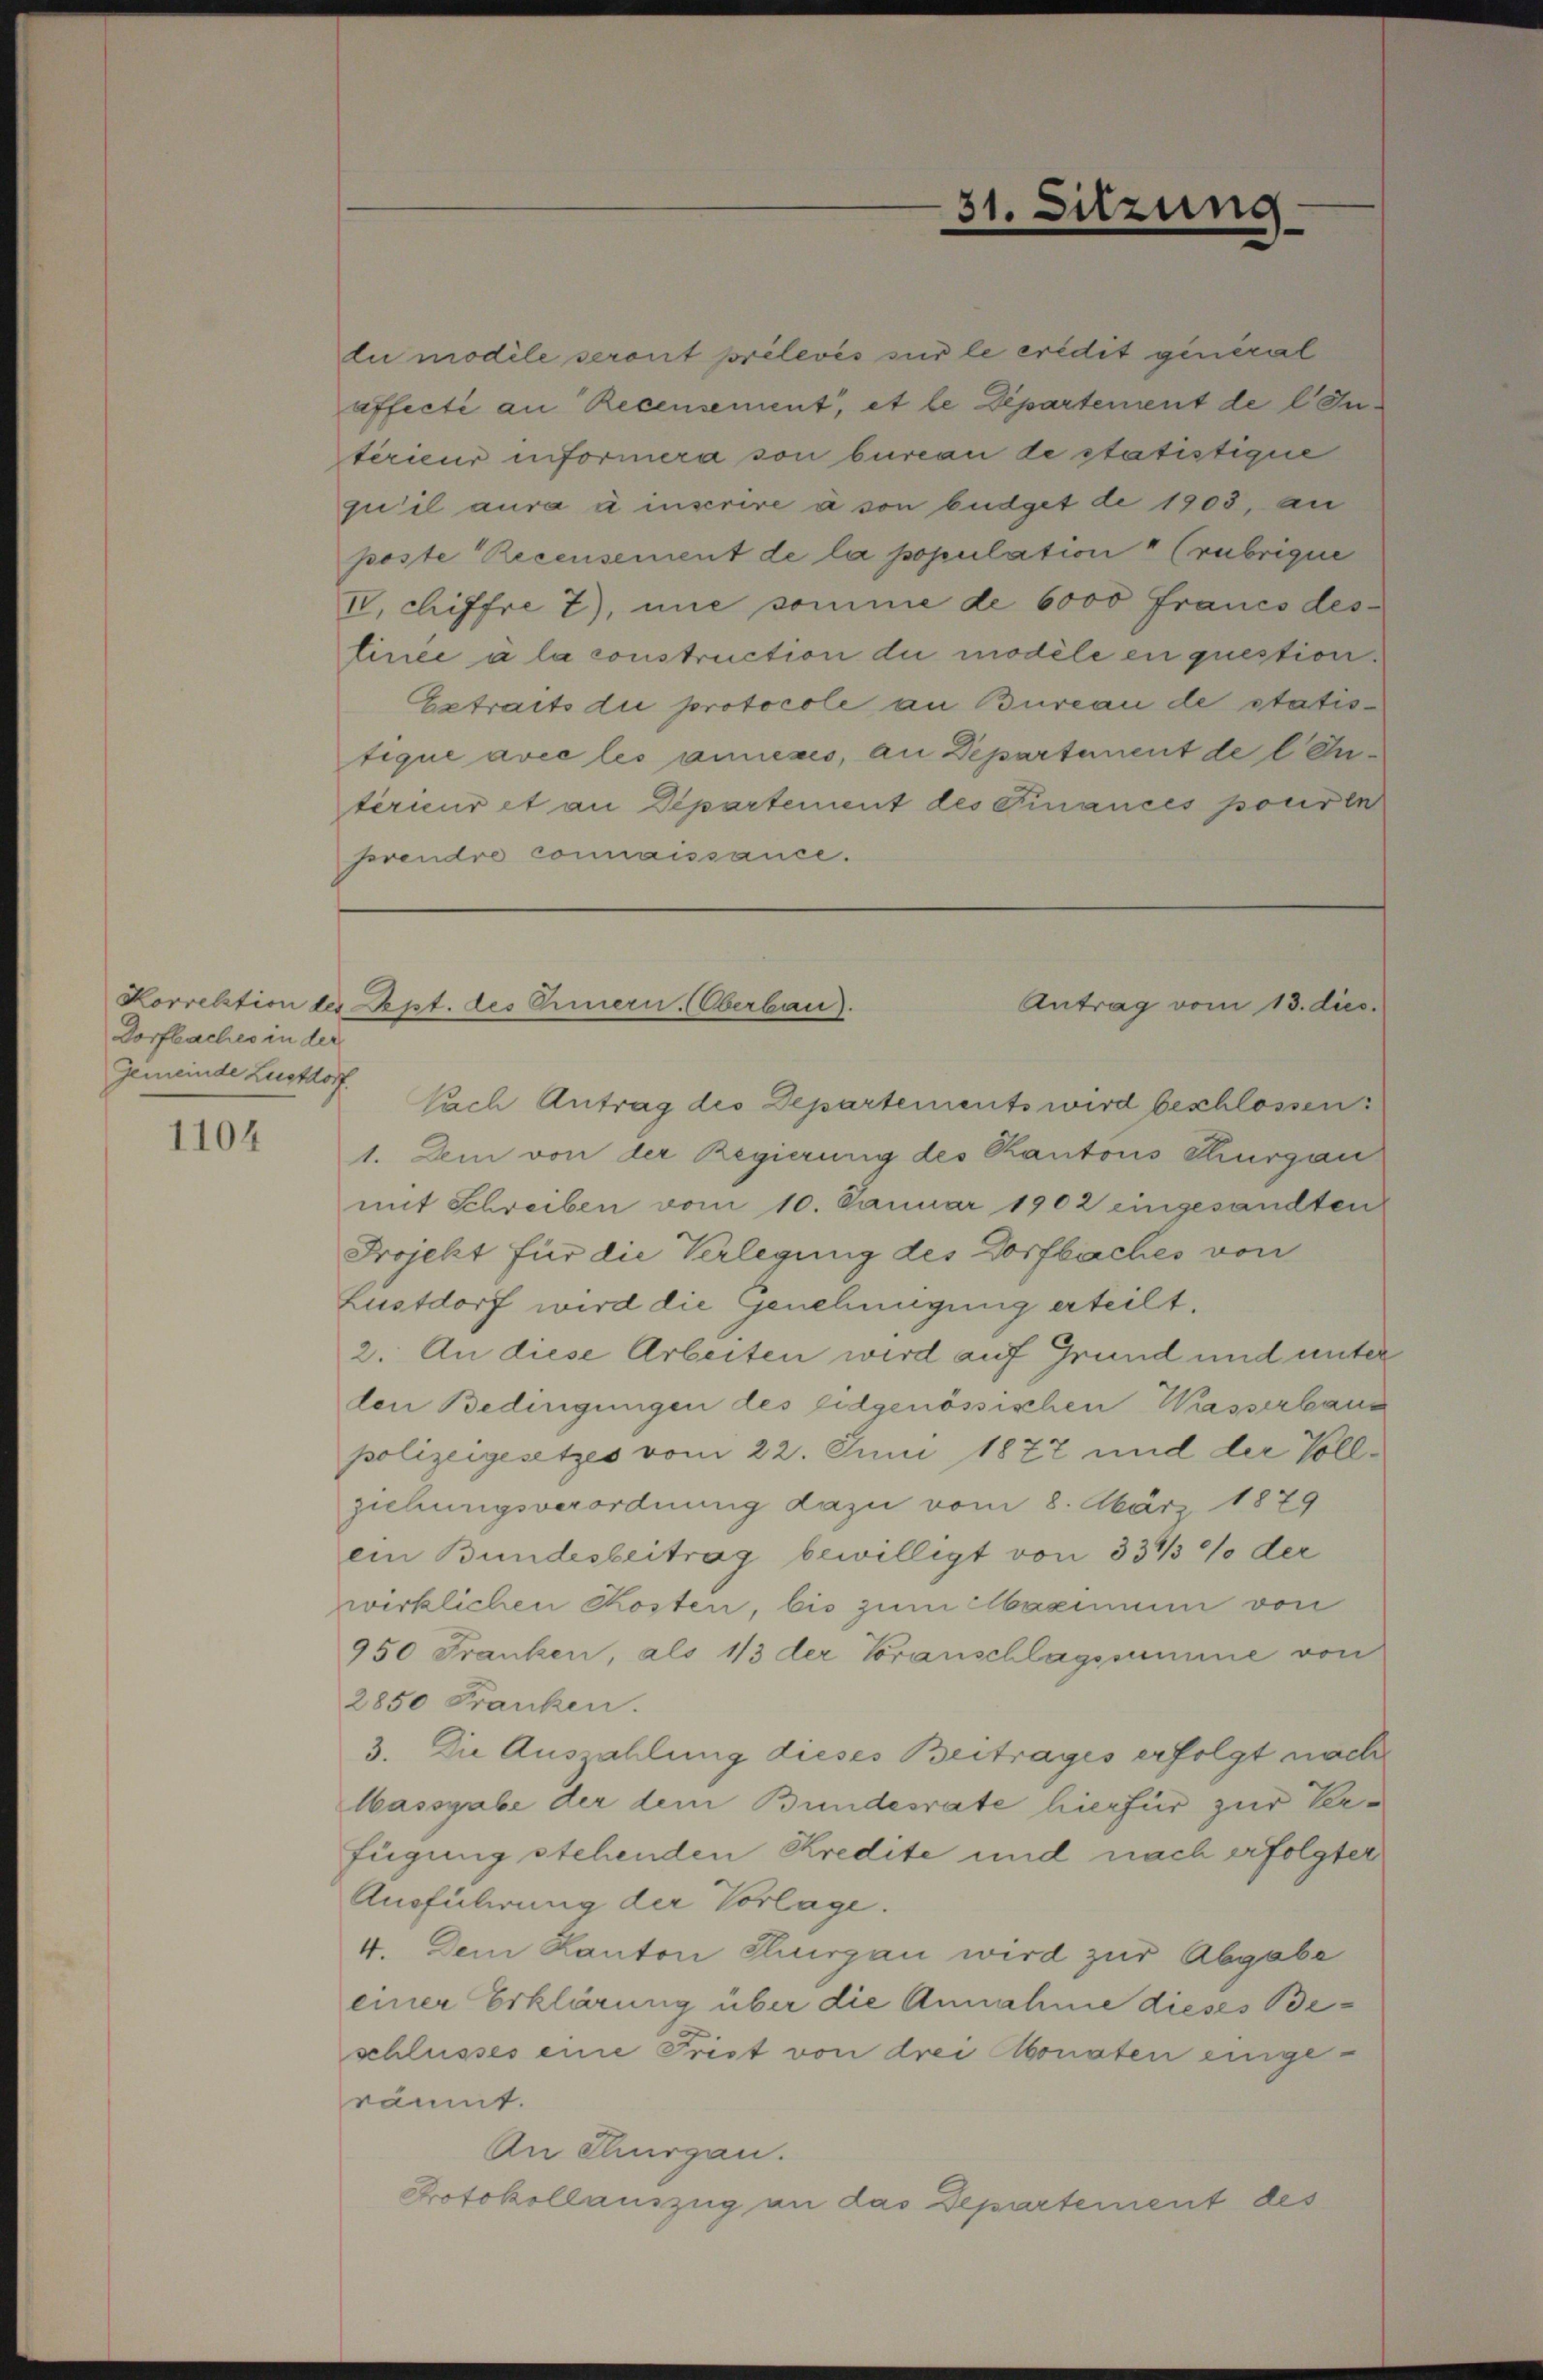
Dorfbaches in der
Gemeinde Lustdorf.

1104

lii modile seront prélevés sur le crédit general
affecte an Recensement, et le Departement de l. Jutérieur informera son bureau de statistique
qu’il aura à inscrire à son büdget de 1903, an
poste Recensement de la population " (rubrigene
IV, chiffre 7), nie somme de 6000 Francs destinée à la construction du modèle en question.
Getracts du protocole an Bureau de statistique avec les annesis, an Departement de l. Autérieur et an Departement des Finances pouren
serendre connaissance.

Sach Antrag des Departements wird beschlossen:
1. Dem von der Regierung des Kantons Thurgau
mit Schreiben vom 10. Januar 1902 eingesandten
Projekt für die Verlegung des Dorfbaches von
Lustdorf wird die Genehmigung erteilt.
2. An diese Arbeiten wird auf Grund und unter
den Bedingungen des Eidgenössischen Wasserbaue
polizeigesetzes vom 22. Juni 1877 und der Vollziehungsverordnung dazu vom 8. März 1879
ein Bundesbeitrag bewilligt von 331/3%% der
wirklichen Kosten, bis zum Masium von
950 Franken, als 113 der Voranschlagssumme von
2850 Franken.
3. Die Auszahlung dieses Beitrages erfolgt nach
Massgabe der dem Bundesrate hierfür zur Verfügung stehenden Kredite und nach erfolgter
Ausführung der Vorlage.
4. Dem Kanton Thurgau wird zur Abgabe
einer Erklärung über die Annahme dieses Beschlusses eine Frist von drei Monaten eingeräumt.
An Thurgau.
Protokollauszug an das Departement des

31. Sitzung

Korrektion des Sept. des Innern. Oberbau).
Antrag vom 13. dies.